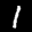
Label: 1